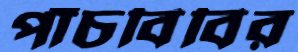
পাঁচবিবির